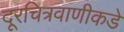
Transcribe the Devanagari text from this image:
दूरचित्रवाणीकडे